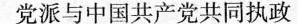
党派与中国共产党共同执政